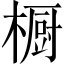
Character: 橱